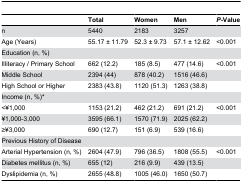
<table><thead><tr><td></td><td><b>Total</b></td><td><b>Women</b></td><td><b>Men</b></td><td><b><i>P</i>-Value</b></td></tr></thead><tbody><tr><td>n</td><td>5440</td><td>2183</td><td>3257</td><td></td></tr><tr><td>Age (Years)</td><td>55.17 ± 11.79</td><td>52.3 ± 9.73</td><td>57.1 ± 12.62</td><td>&lt;0.001</td></tr><tr><td colspan="5">Education (n, %)</td></tr><tr><td>Illiteracy / Primary School</td><td>662 (12.2)</td><td>185 (8.5)</td><td>477 (14.6)</td><td>&lt;0.001</td></tr><tr><td>Middle School</td><td>2394 (44)</td><td>878 (40.2)</td><td>1516 (46.6)</td><td></td></tr><tr><td>High School or Higher</td><td>2383 (43.8)</td><td>1120 (51.3)</td><td>1263 (38.8)</td><td></td></tr><tr><td colspan="5">Income (n, %)*</td></tr><tr><td>&lt;¥1,000</td><td>1153 (21.2)</td><td>462 (21.2)</td><td>691 (21.2)</td><td>&lt;0.001</td></tr><tr><td>¥1,000-3,000</td><td>3595 (66.1)</td><td>1570 (71.9)</td><td>2025 (62.2)</td><td></td></tr><tr><td>≥¥3,000</td><td>690 (12.7)</td><td>151 (6.9)</td><td>539 (16.6)</td><td></td></tr><tr><td colspan="5">Previous History of Disease</td></tr><tr><td>Arterial Hypertension (n, %)</td><td>2604 (47.9)</td><td>796 (36.5)</td><td>1808 (55.5)</td><td>&lt;0.001</td></tr><tr><td>Diabetes mellitus (n, %)</td><td>655 (12)</td><td>216 (9.9)</td><td>439 (13.5)</td><td></td></tr><tr><td>Dyslipidemia (n, %)</td><td>2655 (48.8)</td><td>1005 (46.0)</td><td>1650 (50.7)</td><td></td></tr></tbody></table>